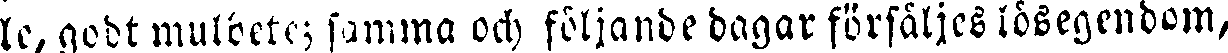
le, godt mulbete; samma och följande dagar försäljes lösegendom,